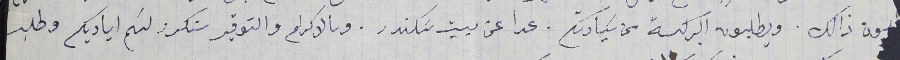
دون ذالك. ويطلبون البركة من سَيادتكم. عدا عن بيت سَكندر. وىالاكرام والتوقير سنكرر لثم اياديكم وطلب